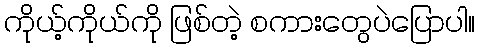
ကိုယ့်ကိုယ်ကို ဖြစ်တဲ့ စကားတွေပဲပြောပါ။